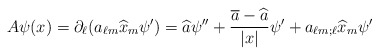
\begin{align*} A \psi(x)=\partial_{\ell}(a_{\ell m}\widehat{x}_{m}\psi') = \widehat{a}\psi''+ \frac{\overline{a}-\widehat{a}}{|x|} \psi' + a_{\ell m;\ell}\widehat{x}_{m}\psi'\end{align*}